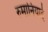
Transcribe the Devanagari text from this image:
रुमानियाई